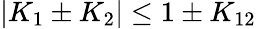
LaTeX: \vert K_{1}\pm K_{2}\vert\le 1\pm K_{12}